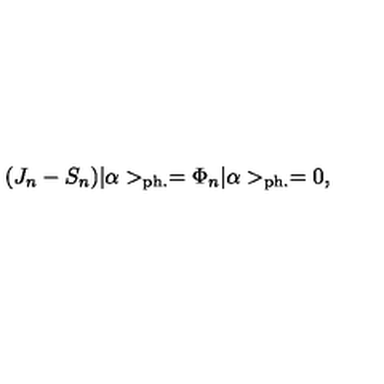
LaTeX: ( J _ { n } - S _ { n } ) | \alpha > _ { \mathrm { p h . } } = \Phi _ { n } | \alpha > _ { \mathrm { p h . } } = 0 ,